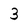
Character: 3